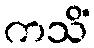
ကသိံ